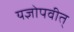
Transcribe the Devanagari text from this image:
यज्ञोपवीत्